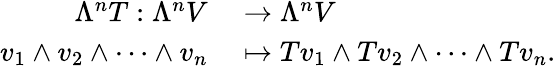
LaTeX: \begin{array}{rl}{\Lambda^{n}T:\Lambda^{n}V}&{{}\rightarrow\Lambda^{n}V}\\ {v_{1}\wedge v_{2}\wedge\dots\wedge v_{n}}&{{}\mapsto Tv_{1}\wedge Tv_{2}\wedge\dots\wedge Tv_{n}.}\end{array}